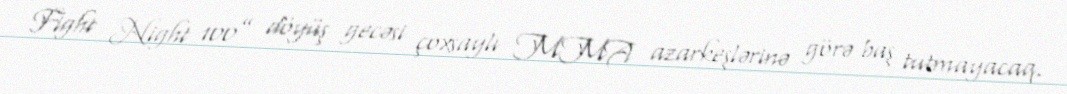
Fight Night 100” döyüş gecəsi çoxsaylı MMA azarkeşlərinə görə baş tutmayacaq.